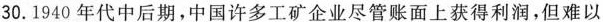
30.1940年代中后期，中国许多工矿企业尽管账面上获得利润，但难以